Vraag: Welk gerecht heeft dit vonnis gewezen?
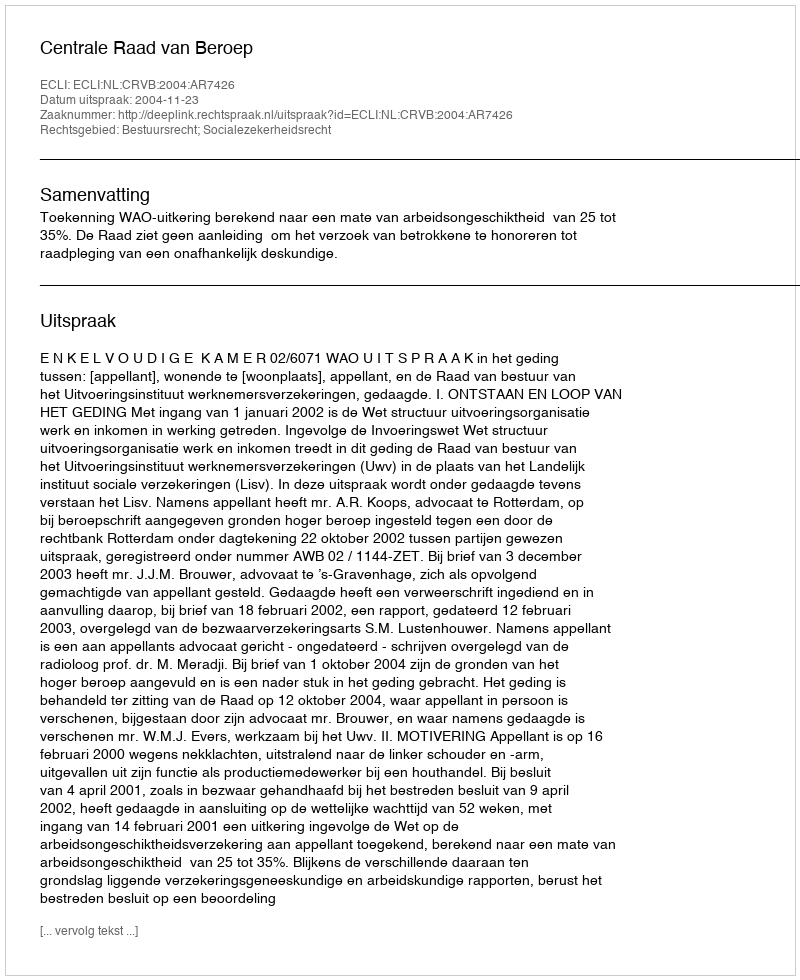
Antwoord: Centrale Raad van Beroep